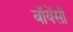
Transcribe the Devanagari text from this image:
बॉयेंसी